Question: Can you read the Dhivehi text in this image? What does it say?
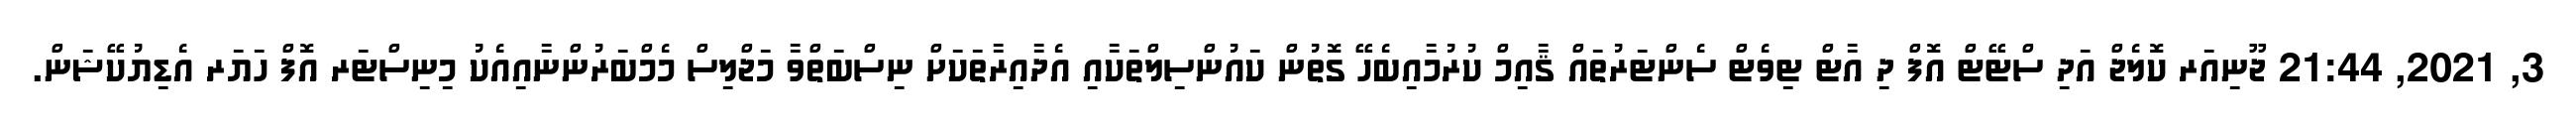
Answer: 3, 2021, 21:44 ޖޫނިއަރ ކޮލެޖް އަދި ސްޓޭޓް އޮފް ދި އާޓް ޓިވެޓް ސެންޓަރުތައް ޤާއިމް ކުރުމާއިބެހޭ ގޮތުން ކައުންސިލްތަކާއި އެދާއިރާތަކަށް ނިސްބަތްވާ މަޖްލިސް މެމްބަރުންނާއިއެކު މިނިސްޓަރ އޮފް ހަޔަރ އެޑިޔުކޭޝަން.